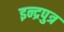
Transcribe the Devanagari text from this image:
इन्द्रपुत्र